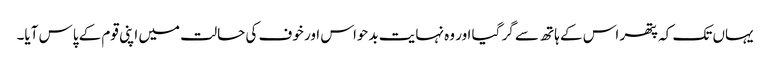
یہاں تک کہ پتھر اس کے ہاتھ سے گر گیا اور وہ نہایت بدحواس اور خوف کی حالت میں اپنی قوم کے پاس آیا۔